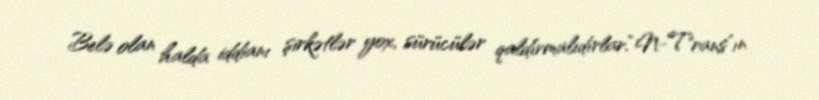
Belə olan halda iddianı şirkətlər yox, sürücülər qaldırmalıdırlar.“N-Trans”ın